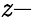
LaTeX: \mathit{z}-